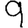
Digit: 9